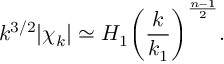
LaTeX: k ^ { 3 / 2 } | \chi _ { k } | \simeq H _ { 1 } \biggl ( \frac { k } { k _ { 1 } } \biggr ) ^ { \frac { n - 1 } { 2 } } .